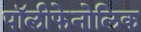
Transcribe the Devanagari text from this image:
पॉलीफेनोलिक